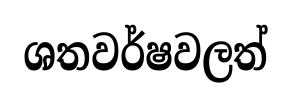
ශතවර්ෂවලත්